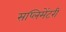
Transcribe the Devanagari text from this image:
सप्लिमेंटरी